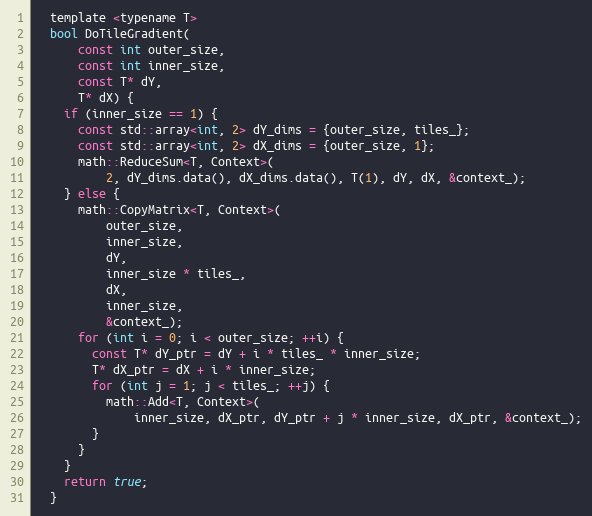
Language: C
  template <typename T>
  bool DoTileGradient(
      const int outer_size,
      const int inner_size,
      const T* dY,
      T* dX) {
    if (inner_size == 1) {
      const std::array<int, 2> dY_dims = {outer_size, tiles_};
      const std::array<int, 2> dX_dims = {outer_size, 1};
      math::ReduceSum<T, Context>(
          2, dY_dims.data(), dX_dims.data(), T(1), dY, dX, &context_);
    } else {
      math::CopyMatrix<T, Context>(
          outer_size,
          inner_size,
          dY,
          inner_size * tiles_,
          dX,
          inner_size,
          &context_);
      for (int i = 0; i < outer_size; ++i) {
        const T* dY_ptr = dY + i * tiles_ * inner_size;
        T* dX_ptr = dX + i * inner_size;
        for (int j = 1; j < tiles_; ++j) {
          math::Add<T, Context>(
              inner_size, dX_ptr, dY_ptr + j * inner_size, dX_ptr, &context_);
        }
      }
    }
    return true;
  }